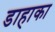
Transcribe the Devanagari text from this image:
डाहाका